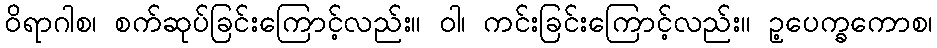
ဝိရာဂါစ၊ စက်ဆုပ်ခြင်းကြောင့်လည်း။ ဝါ၊ ကင်းခြင်းကြောင့်လည်း။ ဥ့ပေက္ခကောစ၊